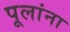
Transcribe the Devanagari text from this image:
पूलांना